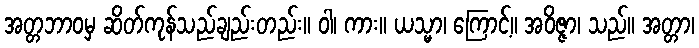
အတ္တဘာဝမှ ဆိတ်ကုန်သည်ချည်းတည်း။ ဝါ၊ ကား။ ယသ္မာ၊ ကြောင့်။ အဝိဇ္ဇာ၊ သည်။ အတ္တာ၊